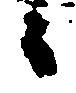
々